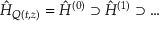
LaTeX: \hat { H } _ { Q ( t , z ) } = \hat { H } ^ { ( 0 ) } \supset \hat { H } ^ { ( 1 ) } \supset \ldots